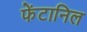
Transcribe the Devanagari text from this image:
फेंटानिल